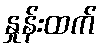
နှုန်းထက်